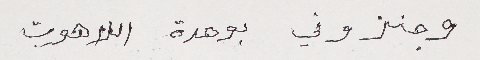
وجنزوني بوحدة اللاهوت